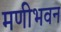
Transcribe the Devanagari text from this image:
मणीभवन